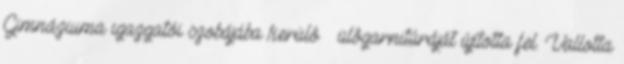
Gimnáziuma igazgatói szobájába kerülô – ülôgarnitúráját újította fel. Vallotta